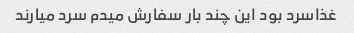
غذاسرد بود این چند بار سفارش میدم سرد میارند